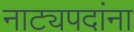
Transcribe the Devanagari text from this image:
नाट्यपदांना